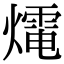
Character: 𤐇